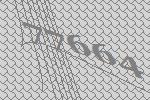
77664